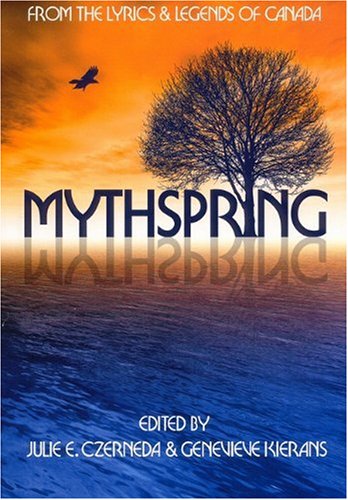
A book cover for Mythspring: From the Lyrics and Legends of Canada; Teen & Young Adult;